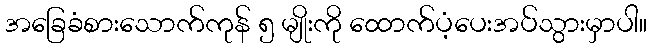
အခြေခံစားသောက်ကုန် ၅ မျိုးကို ထောက်ပံ့ပေးအပ်သွားမှာပါ။